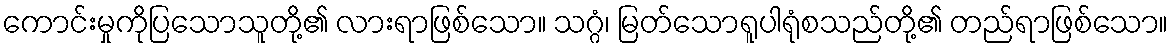
ကောင်းမှုကိုပြသောသူတို့၏ လားရာဖြစ်သော။ သဂ္ဂံ၊ မြတ်သောရူပါရုံစသည်တို့၏ တည်ရာဖြစ်သော။